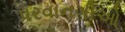
પરવાનગીઓ